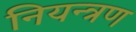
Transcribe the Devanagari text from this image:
नियन्‍त्रण